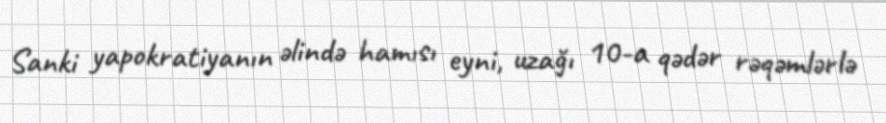
Sanki yapokratiyanın əlində hamısı eyni, uzağı 10-a qədər rəqəmlərlə